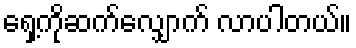
ရှေ့ကိုဆက်လျှောက် လာပါတယ်။